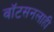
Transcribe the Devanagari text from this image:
वाॅटसनलाही